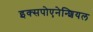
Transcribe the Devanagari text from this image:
इक्सपोएनेन्शियल